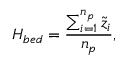
H _ { b e d } = \frac { \sum _ { i = 1 } ^ { n _ { p } } \widetilde { z } _ { i } } { n _ { p } } ,